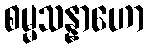
စမ္မသန္နာဟော